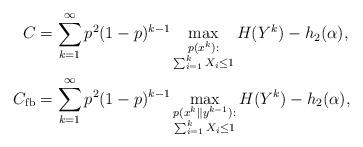
LaTeX: \begin{align*}C&=\sum_{k=1}^{\infty}p^2(1-p)^{k-1}\max_{\substack{p(x^k):\\ \sum_{i=1}^{k}X_i\leq1}}H(Y^k)-h_2(\alpha),\\C_{\mathrm{fb}}&=\sum_{k=1}^{\infty}p^2(1-p)^{k-1}\max_{\substack{p(x^k\|y^{k-1}):\\ \sum_{i=1}^{k}X_i\leq1}}H(Y^k)-h_2(\alpha),\end{align*}